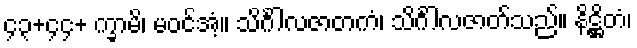
၄၃+၄၄+ က္ခာမိ၊ မဝင်အံ့။ သိင်္ဂါလဇာတကံ၊ သိင်္ဂါလဇာတ်သည်။ နိဋ္ဌိတံ၊